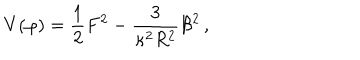
V ( \varphi ) = \frac { 1 } { 2 } F ^ { 2 } - \frac { 3 } { \kappa ^ { 2 } R ^ { 2 } } { \cal B } ^ { 2 } \, ,